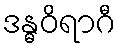
ဒန္ဓဝိရာဂီ